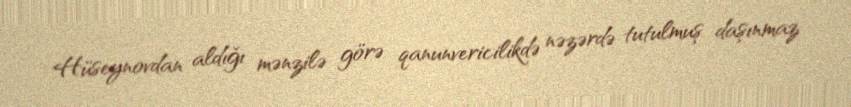
Hüseynovdan aldığı mənzilə görə qanunvericilikdə nəzərdə tutulmuş daşınmaz